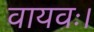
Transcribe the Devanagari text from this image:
वायवः।